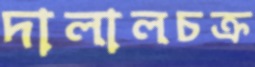
দালালচক্র